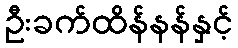
ဦးခက်ထိန်နန်နှင့်